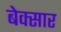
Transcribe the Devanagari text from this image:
बेक्सार